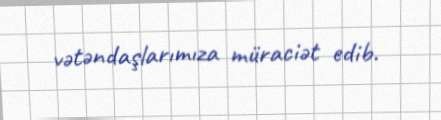
vətəndaşlarımıza müraciət edib.